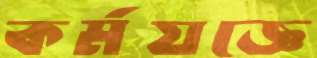
কর্মযজ্ঞে